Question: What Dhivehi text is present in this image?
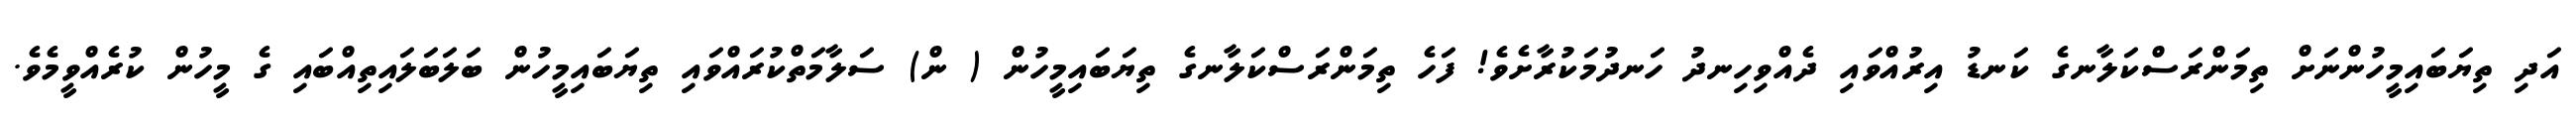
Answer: އަދި ތިޔަބައިމީހުންނަށް ތިމަންރަސްކަލާނގެ ކަނޑު އިރުއްވައި ދެއްވިހިނދު ހަނދުމަކުރާށެވެ! ފަހެ ތިމަންރަސްކަލާނގެ ތިޔަބައިމީހުން ( ން) ސަލާމަތްކުރައްވައި ތިޔަބައިމީހުން ބަލަބަލައިތިއްބައި ގެ މީހުން ކުރެއްވީމެވެ.